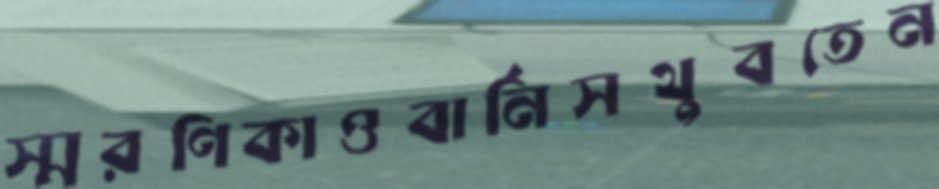
স্মরণিকাওবার্নিসথুবতেন